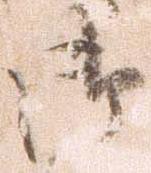
御